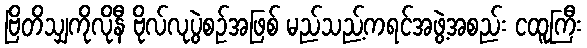
ဗြိတိသျှကိုလိုနီ ဗိုလ်လုပွဲစဉ်အဖြစ် မည်သည့်ကရင်အဖွဲ့အစည်း ငထူကြီး